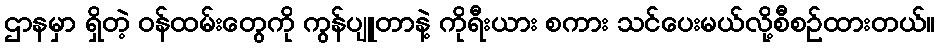
ဌာနမှာ ရှိတဲ့ ဝန်ထမ်းတွေကို ကွန်ပျူတာနဲ့ ကိုရီးယား စကား သင်ပေးမယ်လို့စီစဉ်ထားတယ်။